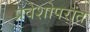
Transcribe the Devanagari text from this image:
प्रवेशोपरांत